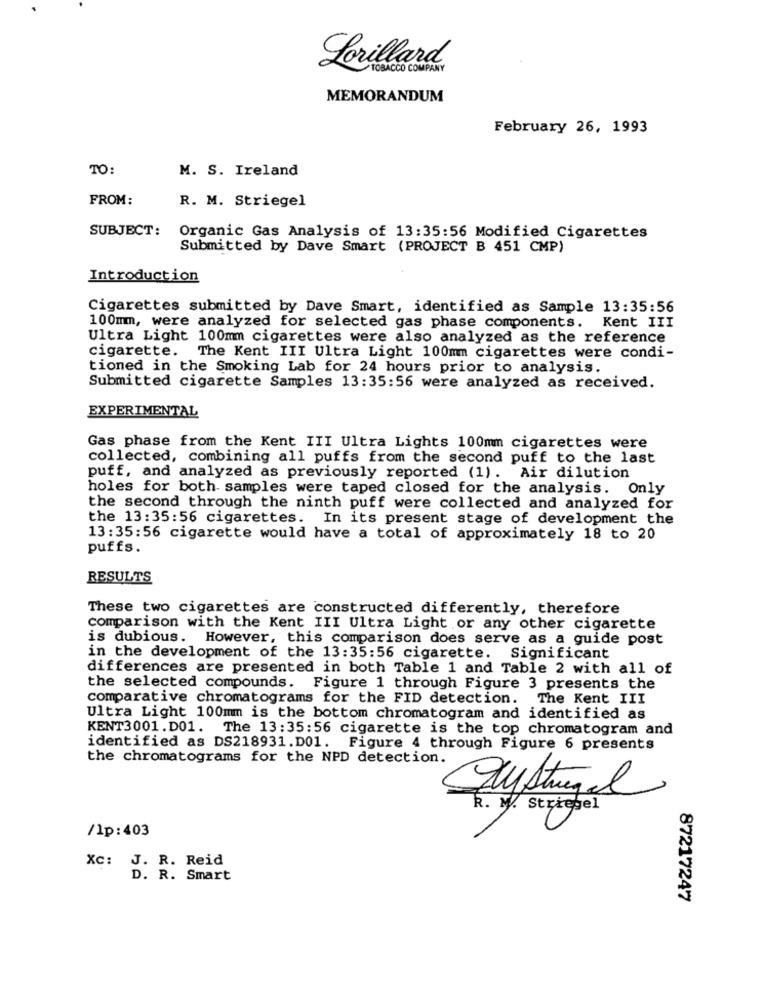
Lorillard
TOBACCO COMPANY
MEMORANDUM
February 26, 1993
TO:
M. S. Ireland
FROM:
R. M. Striegel
SUBJECT:
Organic Gas Analysis of 13:35:56 Modified Cigarettes
Submitted by Dave Smart (PROJECT B 451 CMP)
Introduction
Cigarettes submitted by Dave Smart, identified as Sample 13:35:56
100mm, were analyzed for selected gas phase components. Kent III
Ultra Light 100mm cigarettes were also analyzed as the reference
cigarette.
The Kent III Ultra Light 100mm cigarettes were condi-
tioned in the Smoking Lab for 24 hours prior to analysis.
Submitted cigarette Samples 13:35:56 were analyzed as received.
EXPERIMENTAL
Gas phase from the Kent III Ultra Lights 100mm cigarettes were
collected, combining all puffs from the second puff to the last
puff, and analyzed as previously reported (1). Air dilution
holes for both- samples were taped closed for the analysis. Only
the second through the ninth puff were collected and analyzed for
the 13:35:56 cigarettes. In its present stage of development the
13:35:56 cigarette would have a total of approximately 18 to 20
puffs.
RESULTS
These two cigarettes are constructed differently, therefore
comparison with the Kent III Ultra Light or any other cigarette
is dubious. However, this comparison does serve as a guide post
in the development of the 13:35:56 cigarette. Significant
differences are presented in both Table 1 and Table 2 with all of
the selected compounds. Figure 1 through Figure 3 presents the
comparative chromatograms for the FID detection. The Kent III
Ultra Light 100mm is the bottom chromatogram and identified as
KENT3001.D01. The 13:35:56 cigarette is the top chromatogram and
identified as DS218931.D01. Figure 4 through Figure 6 presents
the chromatograms for the NPD detection.
Dustrigel
R. M. Striegel
/lp:403
XC: J. R. Reid
D. R. Smart
87217247